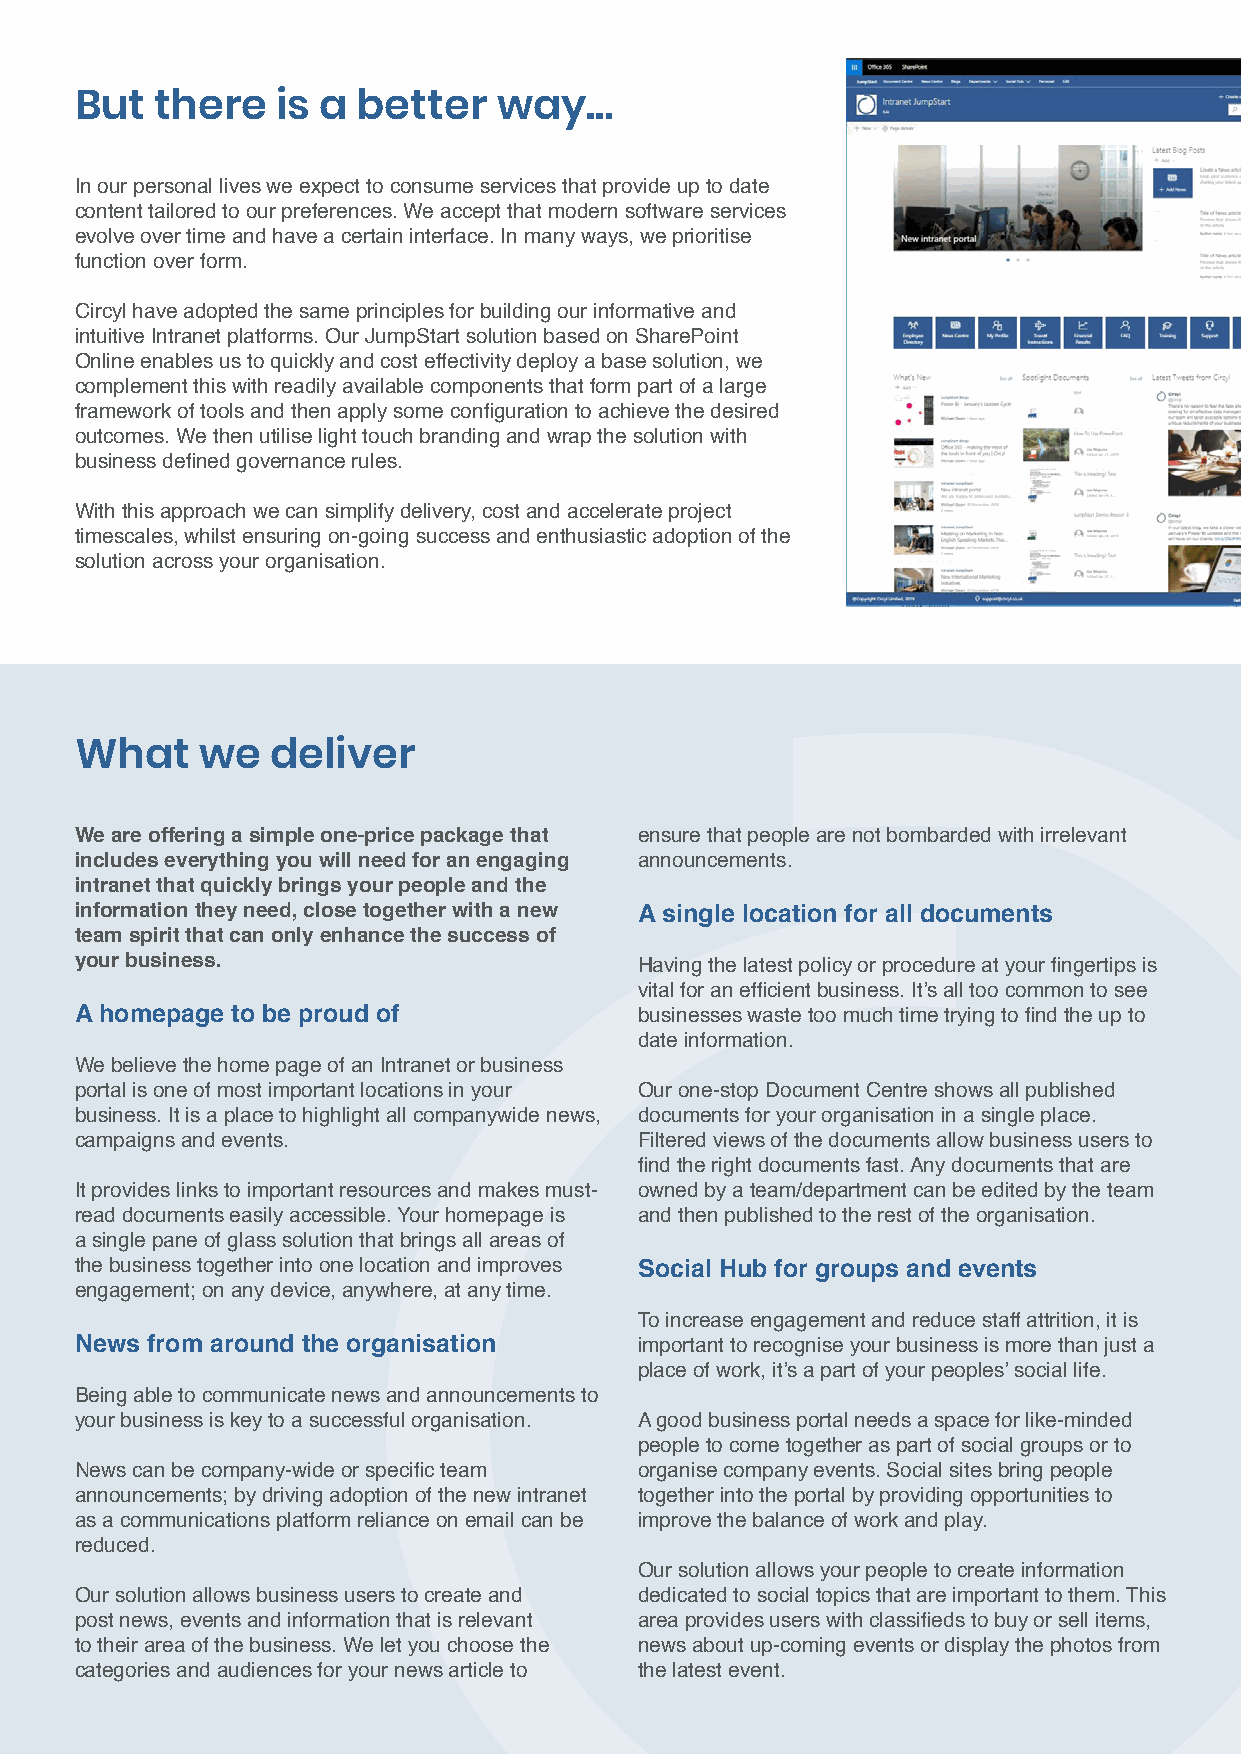
But  there   is a  better   way…
 In our personal lives we expect to consume services that provide up to date
 content tailored to our preferences. We accept that modern software services
 evolve over time and have a certain interface. In many ways, we prioritise
 function over form.
 Circyl have adopted the same principles for building our informative and
 intuitive Intranet platforms. Our JumpStart solution based on SharePoint
 Online enables us to quickly and cost effectivity deploy a base solution, we
 complement this with readily available components that form part of a large
 framework of tools and then apply some configuration to achieve the desired
 outcomes. We then utilise light touch branding and wrap the solution with
 business defined governance rules.
 With this approach we can simplify delivery, cost and accelerate project
 timescales, whilst ensuring on-going success and enthusiastic adoption of the
 solution across your organisation.
 What    we   deliver
 We are offering a simple one-price package that ensure that people are not bombarded with irrelevant
 includes everything you will need for an engaging announcements.
 intranet that quickly brings your people and the
 information they need, close together with a new A single location for all documents
 team spirit that can only enhance the success of
 your business.                       Having the latest policy or procedure at your fingertips is
 vital for an efficient business. It’s all too common to see
 A homepage to be proud of            businesses waste too much time trying to find the up to
 date information.
 We believe the home page of an Intranet or business
 portal is one of most important locations in your Our one-stop Document Centre shows all published
 business. It is a place to highlight all companywide news, documents for your organisation in a single place.
 campaigns and events.                Filtered views of the documents allow business users to
 find the right documents fast. Any documents that are
 It provides links to important resources and makes must- owned by a team/department can be edited by the team
 read documents easily accessible. Your homepage is and then published to the rest of the organisation.
 a single pane of glass solution that brings all areas of
 the business together into one location and improves Social Hub for groups and events
 engagement; on any device, anywhere, at any time.
 To increase engagement and reduce staff attrition, it is
 News from around the organisation    important to recognise your business is more than just a
 place of work, it’s a part of your peoples’ social life.
 Being able to communicate news and announcements to
 your business is key to a successful organisation. A good business portal needs a space for like-minded
 people to come together as part of social groups or to
 News can be company-wide or specific team organise company events. Social sites bring people
 announcements; by driving adoption of the new intranet together into the portal by providing opportunities to
 as a communications platform reliance on email can be improve the balance of work and play.
 reduced.
 Our solution allows your people to create information
 Our solution allows business users to create and dedicated to social topics that are important to them. This
 post news, events and information that is relevant area provides users with classifieds to buy or sell items,
 to their area of the business. We let you choose the news about up-coming events or display the photos from
 categories and audiences for your news article to the latest event.